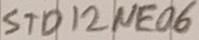
Text: STD12NE06